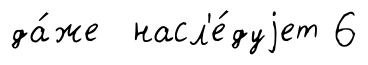
да́же насл'е́дуjет 6